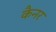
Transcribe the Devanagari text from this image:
कैनर